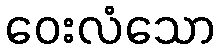
ဝေးလံသော